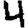
Digit: 4